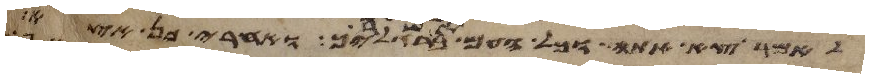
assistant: לאמר צא אתה וכל העם אשר ברגליך ואחרי כן אצא